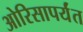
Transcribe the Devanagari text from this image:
ओरिसापर्यंत